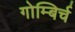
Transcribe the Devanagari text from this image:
गोम्बिर्च